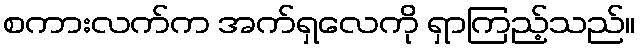
စကားလက်က အက်ရှလေကို ရှာကြည့်သည်။